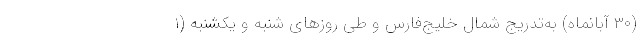
(۳۰ آبانماه) به‌تدریج شمال خلیج‌فارس و طی روزهای شنبه و یکشنبه (۱